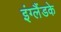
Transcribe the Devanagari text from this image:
इंग्लैंडके